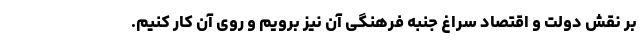
بر نقش دولت و اقتصاد سراغ جنبه فرهنگی آن نیز برویم و روی آن کار کنیم.